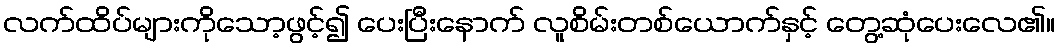
လက်ထိပ်များကိုသော့ဖွင့်၍ ပေးပြီးနောက် လူစိမ်းတစ်ယောက်နှင့် တွေ့ဆုံပေးလေ၏။